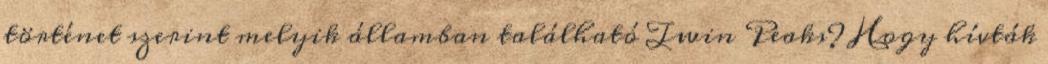
történet szerint melyik államban található Twin Peaks? Hogy hívták